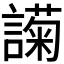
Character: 𬣇